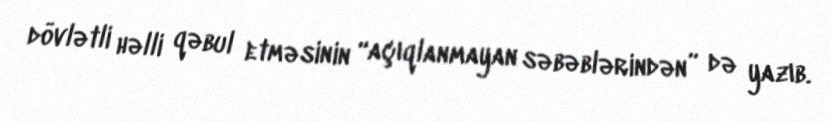
dövlətli həlli qəbul etməsinin “açıqlanmayan səbəblərindən” də yazıb.